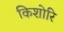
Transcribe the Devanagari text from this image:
किशोरि